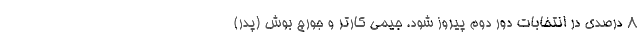
8 درصدی در انتخابات دور دوم پیروز شود. جیمی کارتر و جورج بوش (پدر)